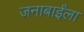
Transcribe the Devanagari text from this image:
जनाबाईंला